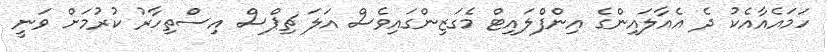
ހަމައެއާއެކު ދެ އެއާލައިންގެ އިންފްލައިޓް މެގަޒިންގައިވެސް އަލަ ޗިޕްސް އިސްތިހާރު ކުރުމަށް ވަނީ